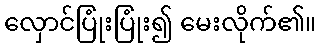
လှောင်ပြုံးပြုံး၍ မေးလိုက်၏။